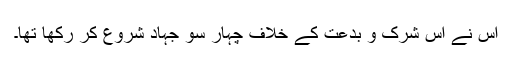
اس نے اس شرک و بدعت کے خلاف چہار سو جہاد شروع کر رکھا تھا۔